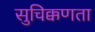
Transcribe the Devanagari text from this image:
सुचिक्कणता